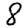
Digit: 8